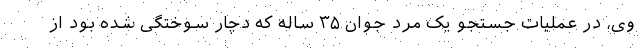
وی، در عملیات جستجو یک مرد جوان ٣۵ ساله که دچار سوختگی شده بود از